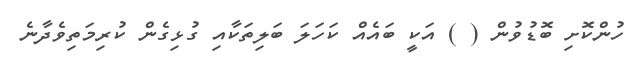
ހުންކޮށި ބޮޑުވުން ( ) އަކީ ބައެއް ކަހަލަ ބަލިތަކާއި ގުޅިގެން ކުރިމަތިވެދާނެ